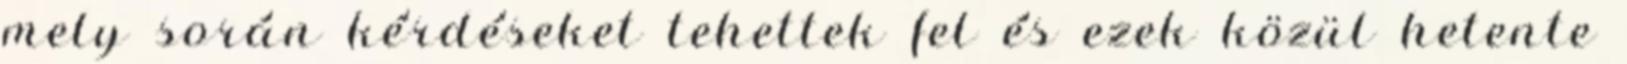
mely során kérdéseket tehettek fel és ezek közül hetente